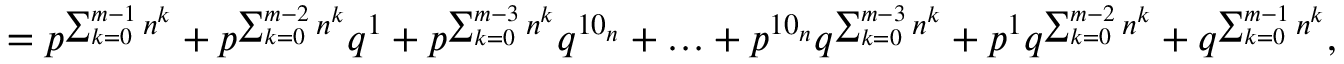
= p ^ { \sum _ { k = 0 } ^ { m - 1 } n ^ { k } } + p ^ { \sum _ { k = 0 } ^ { m - 2 } n ^ { k } } q ^ { 1 } + p ^ { \sum _ { k = 0 } ^ { m - 3 } n ^ { k } } q ^ { 1 0 _ { n } } + \ldots + p ^ { 1 0 _ { n } } q ^ { \sum _ { k = 0 } ^ { m - 3 } n ^ { k } } + p ^ { 1 } q ^ { \sum _ { k = 0 } ^ { m - 2 } n ^ { k } } + q ^ { \sum _ { k = 0 } ^ { m - 1 } n ^ { k } } ,